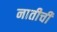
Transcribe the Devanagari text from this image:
नातीची